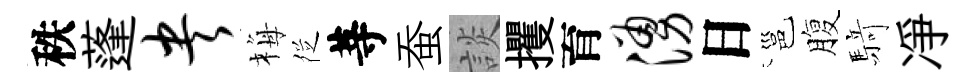
秩蓬央梅徔䓁蚕談攫育涌日邕腹𮪍凈